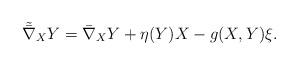
LaTeX: \begin{align*} \tilde{\bar{\nabla}}_{X}Y= \bar{\nabla}_X Y+\eta(Y)X-g(X,Y)\xi.\end{align*}